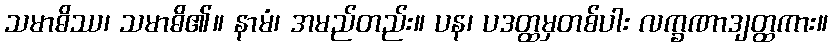
သမာဓိဿ၊ သမာဓိ၏။ နာမံ၊ အမည်တည်း။ ပန၊ ပဒတ္ထမှတစ်ပါး လက္ခဏာဒျတ္ထကား။